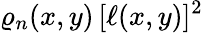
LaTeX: \varrho_{n}(x,y)\, [\ell(x,y)]^{2}